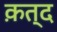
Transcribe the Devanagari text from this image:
क़त्द